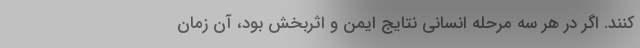
‌کنند. اگر در هر سه مرحله انسانی نتایج ایمن و اثربخش بود، ‌آن زمان